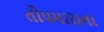
તોપમારાના